Newspaper: Rock Island daily Argus.
Place of publication: Rock Island, Ill.
Publisher: John W. Potter
Date: 1890-10-28 00:00:00
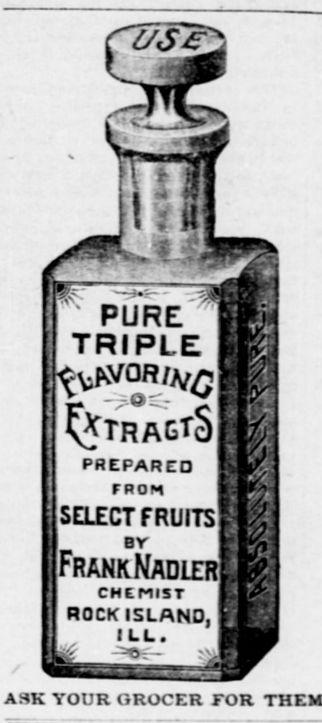
Advertisement text (OCR):
PURE TRIPLE TRAGT PREPARED FP0M SELECT FRUITS BV 0 FranicNadler CHEMIST ROCK ISLAND, ASK YOUR GROCER TOR II V ill 91 i r '
Label: illustrations